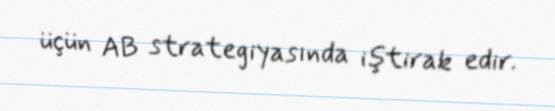
üçün AB strategiyasında iştirak edir.